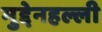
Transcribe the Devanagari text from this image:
मुद्देनहल्ली